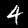
Label: 4